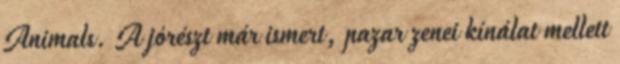
Animals. A jórészt már ismert, pazar zenei kínálat mellett